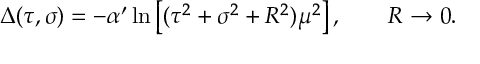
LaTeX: \Delta ( \tau , \sigma ) = - \alpha ^ { \prime } \ln \left[ ( \tau ^ { 2 } + \sigma ^ { 2 } + R ^ { 2 } ) \mu ^ { 2 } \right] , \qquad R \rightarrow 0 .